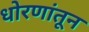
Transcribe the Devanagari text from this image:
धोरणांतून